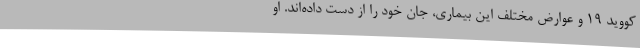
کووید 19 و عوارض مختلف این بیماری، جان خود را از دست داده‌اند. او